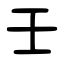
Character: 壬